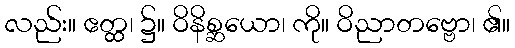
လည်း။ ဧတ္ထ၊ ၌။ ဝိနိစ္ဆယော၊ ကို။ ဝိညာတဗ္ဗော၊ ၏။